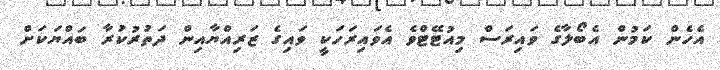
އެހެން ކަމުން އެބޯލާގެ ވައިރަސް މިއުޓޭޓްވެ އެވައިރަހަކީ ވައިގެ ޒަރިއްޔާއިން ދަތުރުކުރާ ބައްޔަކަށް